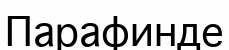
Парафинде